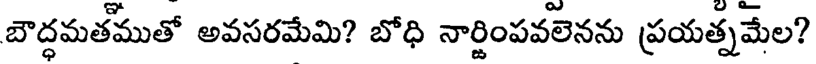
బౌద్ధమతముతో అవసరమేమి? బోధి నార్జింపవలెనను ప్రయత్నమేల?